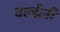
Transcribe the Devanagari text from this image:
वर्ल्डली